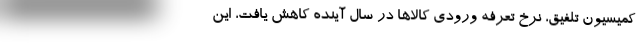
کمیسیون تلفیق، نرخ تعرفه ورودی کالاها در سال آینده کاهش یافت، این